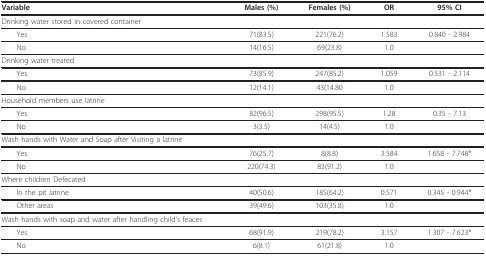
| Variable | Males (%) | Females (%) | OR | 95% CI |
 | --- | --- | --- | --- | --- |
 | Drinking water stored in covered container |  |  |  |  |
 | Yes | 71(83.5) | 221(76.2) | 1.583 | 0.840 - 2.984 |
 | No | 14(16.5) | 69(23.8) | 1.0 |  |
 | Drinking water treated |  |  |  |  |
 | Yes | 73(85.9) | 247(85.2) | 1.059 | 0.531 - 2.114 |
 | No | 12(14.1) | 43(14.80 | 1.0 |  |
 | Household members use latrine |  |  |  |  |
 | Yes | 82(96.5) | 298(95.5) | 1.28 | 0.35 - 7.13 |
 | No | 3(3.5) | 14(4.5) | 1.0 |  |
 | Wash hands with Water and Soap after Visiting a latrine |  |  |  |  |
 | Yes | 76(25.7) | 8(8.8) | 3.584 | 1.658 - 7.748* |
 | No | 220(74.3) | 83(91.2) | 1.0 |  |
 | Where children Defecated |  |  |  |  |
 | In the pit latrine | 40(50.6) | 185(64.2) | 0.571 | 0.345 - 0.944* |
 | Other areas | 39(49.6) | 103(35.8) | 1.0 |  |
 | Wash hands with soap and water after handling child's feaces |  |  |  |  |
 | Yes | 68(91.9) | 219(78.2) | 3.157 | 1.307 - 7.623* |
 | No | 6(8.1) | 61(21.8) | 1.0 |  |